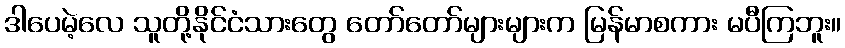
ဒါပေမဲ့လေ သူတို့နိုင်ငံသားတွေ တော်တော်များများက မြန်မာစကား မပီကြဘူး။